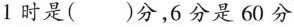
1时是( )分，6分是60分